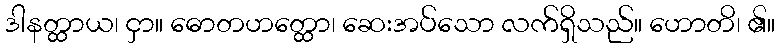
ဒါနတ္ထာယ၊ ငှာ။ ဓောတဟတ္ထော၊ ဆေးအပ်သော လက်ရှိသည်။ ဟောတိ၊ ၏။